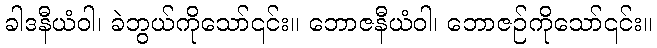
ခါဒနီယံဝါ၊ ခဲဘွယ်ကိုသော်၎င်း။ ဘောဇနီယံဝါ၊ ဘောဇဉ်ကိုသော်၎င်း။